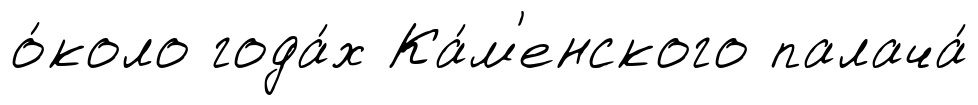
о́коло года́х Ка́м'енского палача́